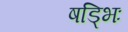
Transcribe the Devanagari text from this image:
षड्भिः